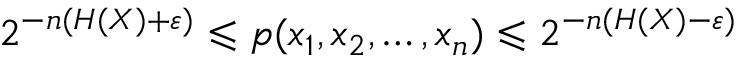
2 ^ { - n ( H ( X ) + \varepsilon ) } \leqslant p ( x _ { 1 } , x _ { 2 } , \dots , x _ { n } ) \leqslant 2 ^ { - n ( H ( X ) - \varepsilon ) }